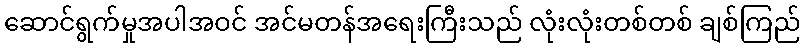
ဆောင်ရွက်မှုအပါအဝင် အင်မတန်အရေးကြီးသည် လုံးလုံးတစ်တစ် ချစ်ကြည်